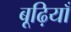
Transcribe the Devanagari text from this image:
बूढ़ियाँ